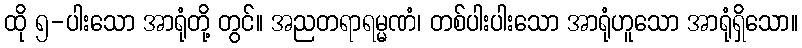
ထို ၅-ပါးသော အာရုံတို့ တွင်။ အညတရာရမ္မဏံ၊ တစ်ပါးပါးသော အာရုံဟူသော အာရုံရှိသော။